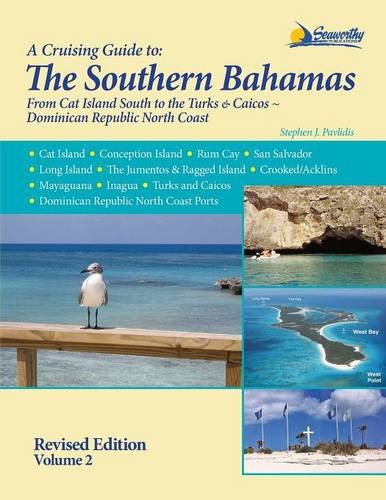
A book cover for The Southern Bahamas Cruising Guide - Volume 2; Stephen J. Pavlidis; Travel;